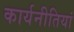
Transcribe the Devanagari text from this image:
कार्यनीतियां